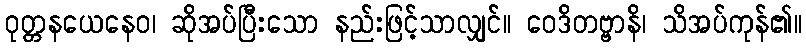
ဝုတ္တနယေနေဝ၊ ဆိုအပ်ပြီးသော နည်းဖြင့်သာလျှင်။ ဝေဒိတဗ္ဗာနိ၊ သိအပ်ကုန်၏။